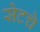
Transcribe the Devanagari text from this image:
सेटचे